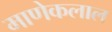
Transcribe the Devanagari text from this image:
माणेकलाल